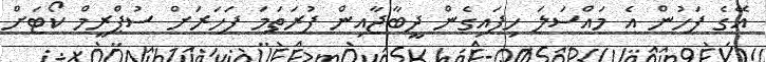
އޭގެ ފަހުން އެ މައްސަލަ ހިފައިގެން ދީބާޖާއިން ފުރަތަމަ ފަހަރަށް ސުޕްރީމް ކޯޓަށް